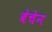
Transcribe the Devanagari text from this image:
बेचेन